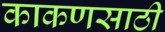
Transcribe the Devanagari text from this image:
काकणसाठी